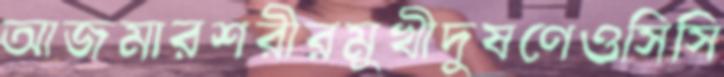
আজমারশরীরমুখীদুষণেওসিসি